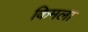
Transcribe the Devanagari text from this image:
किमला